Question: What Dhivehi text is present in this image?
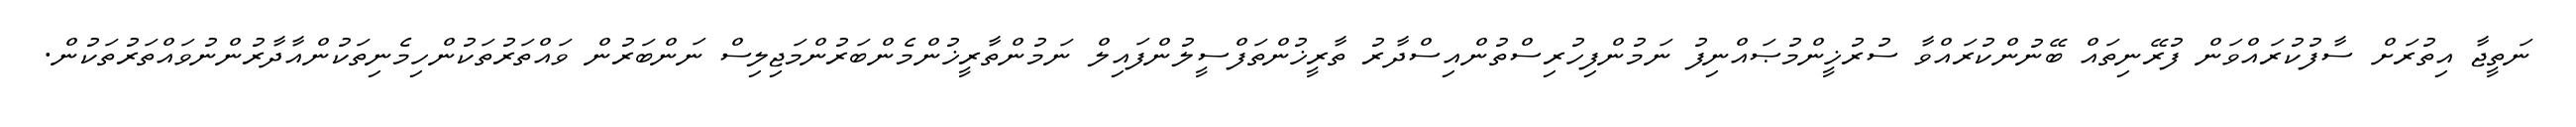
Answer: ނަތީޖާ އިތުރަށް ސާފުކުރައްވަން ފުރޭނިތައް ބޭނުންކުރައްވާ ސުރުޚީންމުޞައްނިފު ނަމުންފިހުރިސްތުންއިސްދާރު ތާރީޚުންތަފްސީލުންފައިލް ނަމުންތާރީޚުންމެންބަރުންމަޖިލިސް ނަންބަރުން ވައްތަރުތަކުންހިމެނިތަކުންއާދާރުންނުވައްތަރުތަކުން.